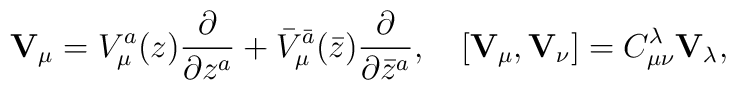
{\bf V}_{\mu}=    V_\mu^{a}(z)\frac{\partial}{\partial z^a}+{\bar V}_\mu^{\bar a}(\bar z) \frac{\partial}{\partial \bar z^a}, \quad  [{\bf V}_{\mu},{\bf V}_{\nu}]=C_{\mu \nu}^{\lambda}{\bf V}_{\lambda} ,